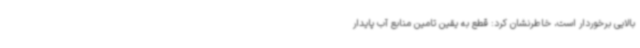
بالایی برخوردار است، خاطرنشان کرد: قطع به یقین تامین منابع آب پایدار